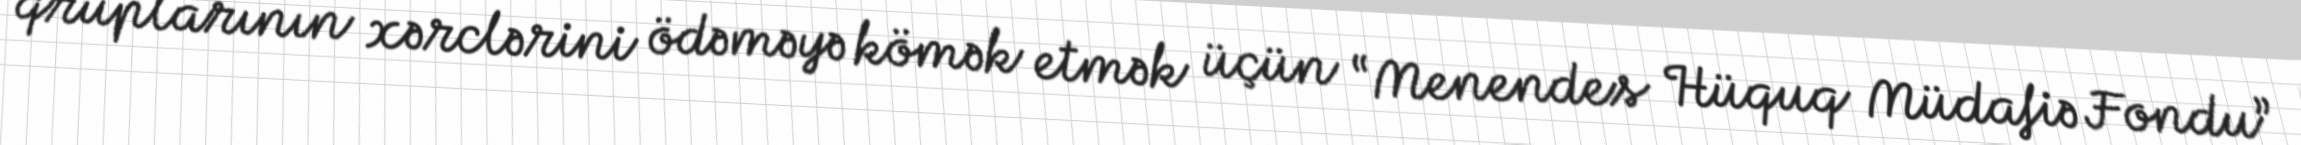
qruplarının xərclərini ödəməyə kömək etmək üçün “Menendes Hüquq Müdafiə Fondu”